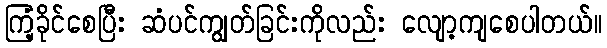
ကြံ့ခိုင်စေပြီး ဆံပင်ကျွတ်ခြင်းကိုလည်း လျော့ကျစေပါတယ်။